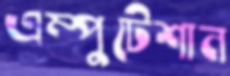
এম্পুটেশান